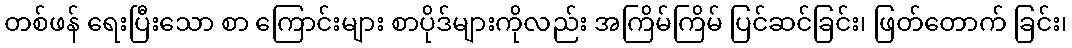
တစ်ဖန် ရေးပြီးသော စာ ကြောင်းများ စာပိုဒ်များကိုလည်း အကြိမ်ကြိမ် ပြင်ဆင်ခြင်း၊ ဖြတ်တောက် ခြင်း၊